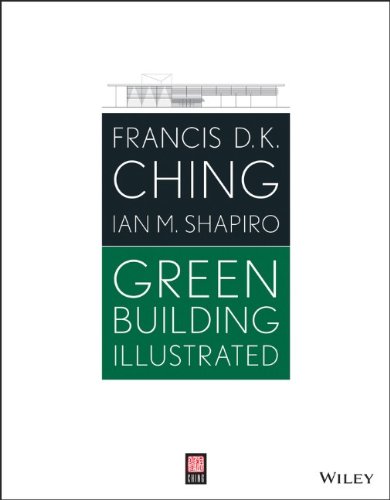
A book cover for Green Building Illustrated; Francis D. K. Ching; Crafts, Hobbies & Home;